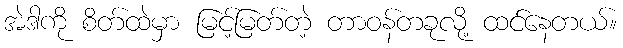
အဲဒါကို စိတ်ထဲမှာ မြင့်မြတ်တဲ့ တာဝန်တခုလို့ ထင်နေတယ်။